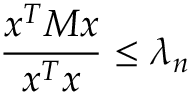
{ \frac { x ^ { T } M x } { x ^ { T } x } } \leq \lambda _ { n }